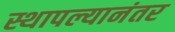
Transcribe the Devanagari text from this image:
स्थापल्यानंतर